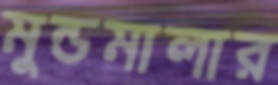
মুন্ডমালার